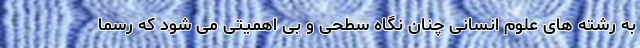
به رشته های علوم انسانی چنان نگاه سطحی و بی اهمیتی می شود که رسماً